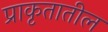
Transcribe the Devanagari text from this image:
प्राकृतातील